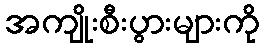
အကျိုးစီးပွားများကို